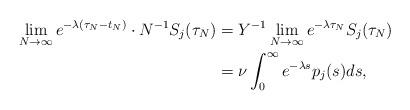
LaTeX: \begin{align*}\lim_{N \to \infty} e^{-\lambda(\tau_N-t_N)} \cdot N^{-1} S_j(\tau_N) &= Y^{-1} \lim_{N \to \infty} e^{-\lambda \tau_N} S_j(\tau_N) \\ &= \nu \int_0^\infty e^{-\lambda s} p_j(s) ds,\end{align*}